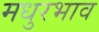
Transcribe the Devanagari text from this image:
मधुरभाव